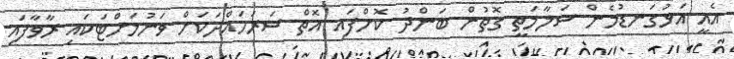
އެއީ އަޅުގަނޑުމެން ސަލާމަތީ ގޮތުން ބަންދު ކޮށްފައި އޮތް ސަރަހައްދަކަށް ވަނުމަށްޓަކައި ރާވާފައި